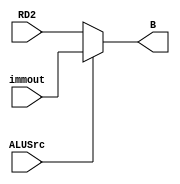
module alu_mux_480(
    input [31:0] immout,    //alu 
    input [31:0] RD2,
    input ALUSrc,
    output [31:0] B
    );
    assign B = (ALUSrc) ? immout : RD2;
endmodule